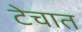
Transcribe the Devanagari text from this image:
टेचात